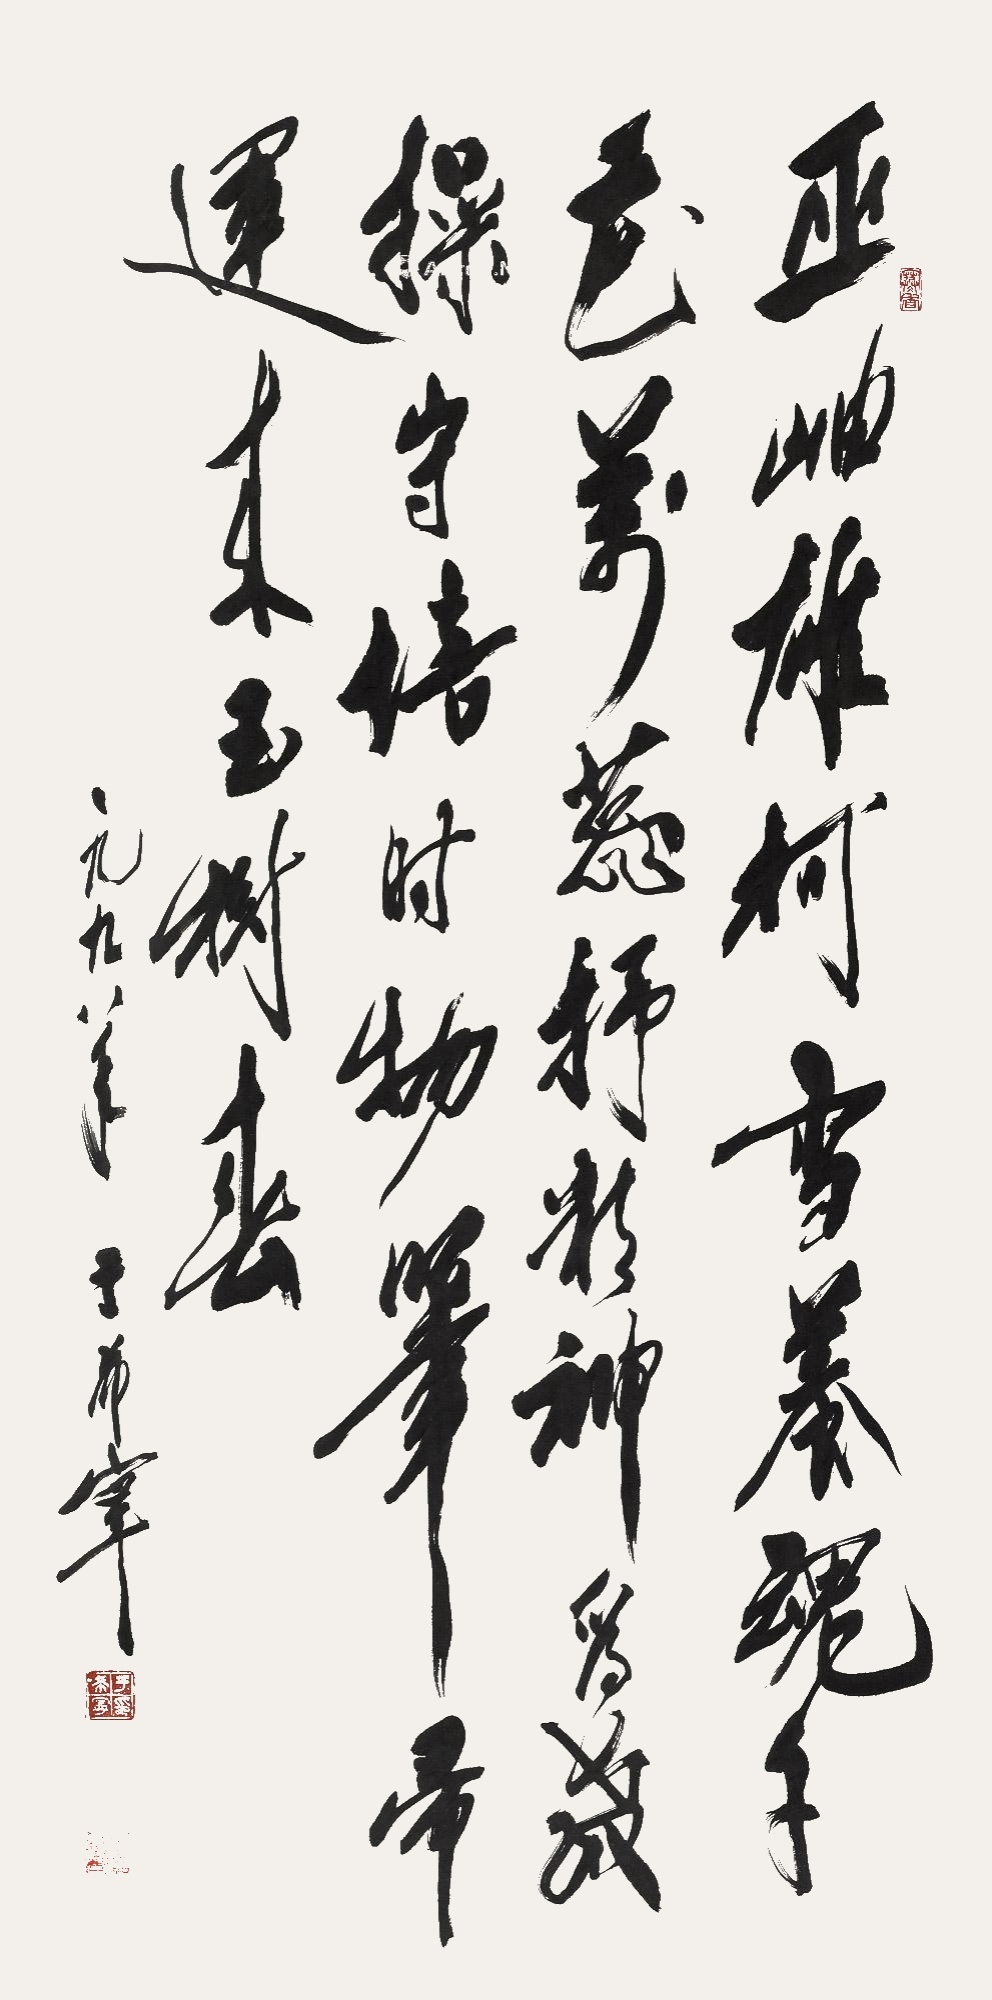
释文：巫岫雄柯雪养魂，千花万蕊抒精神。为教操守信时物，笔帚运来玉树春。一九九八年于希宁。